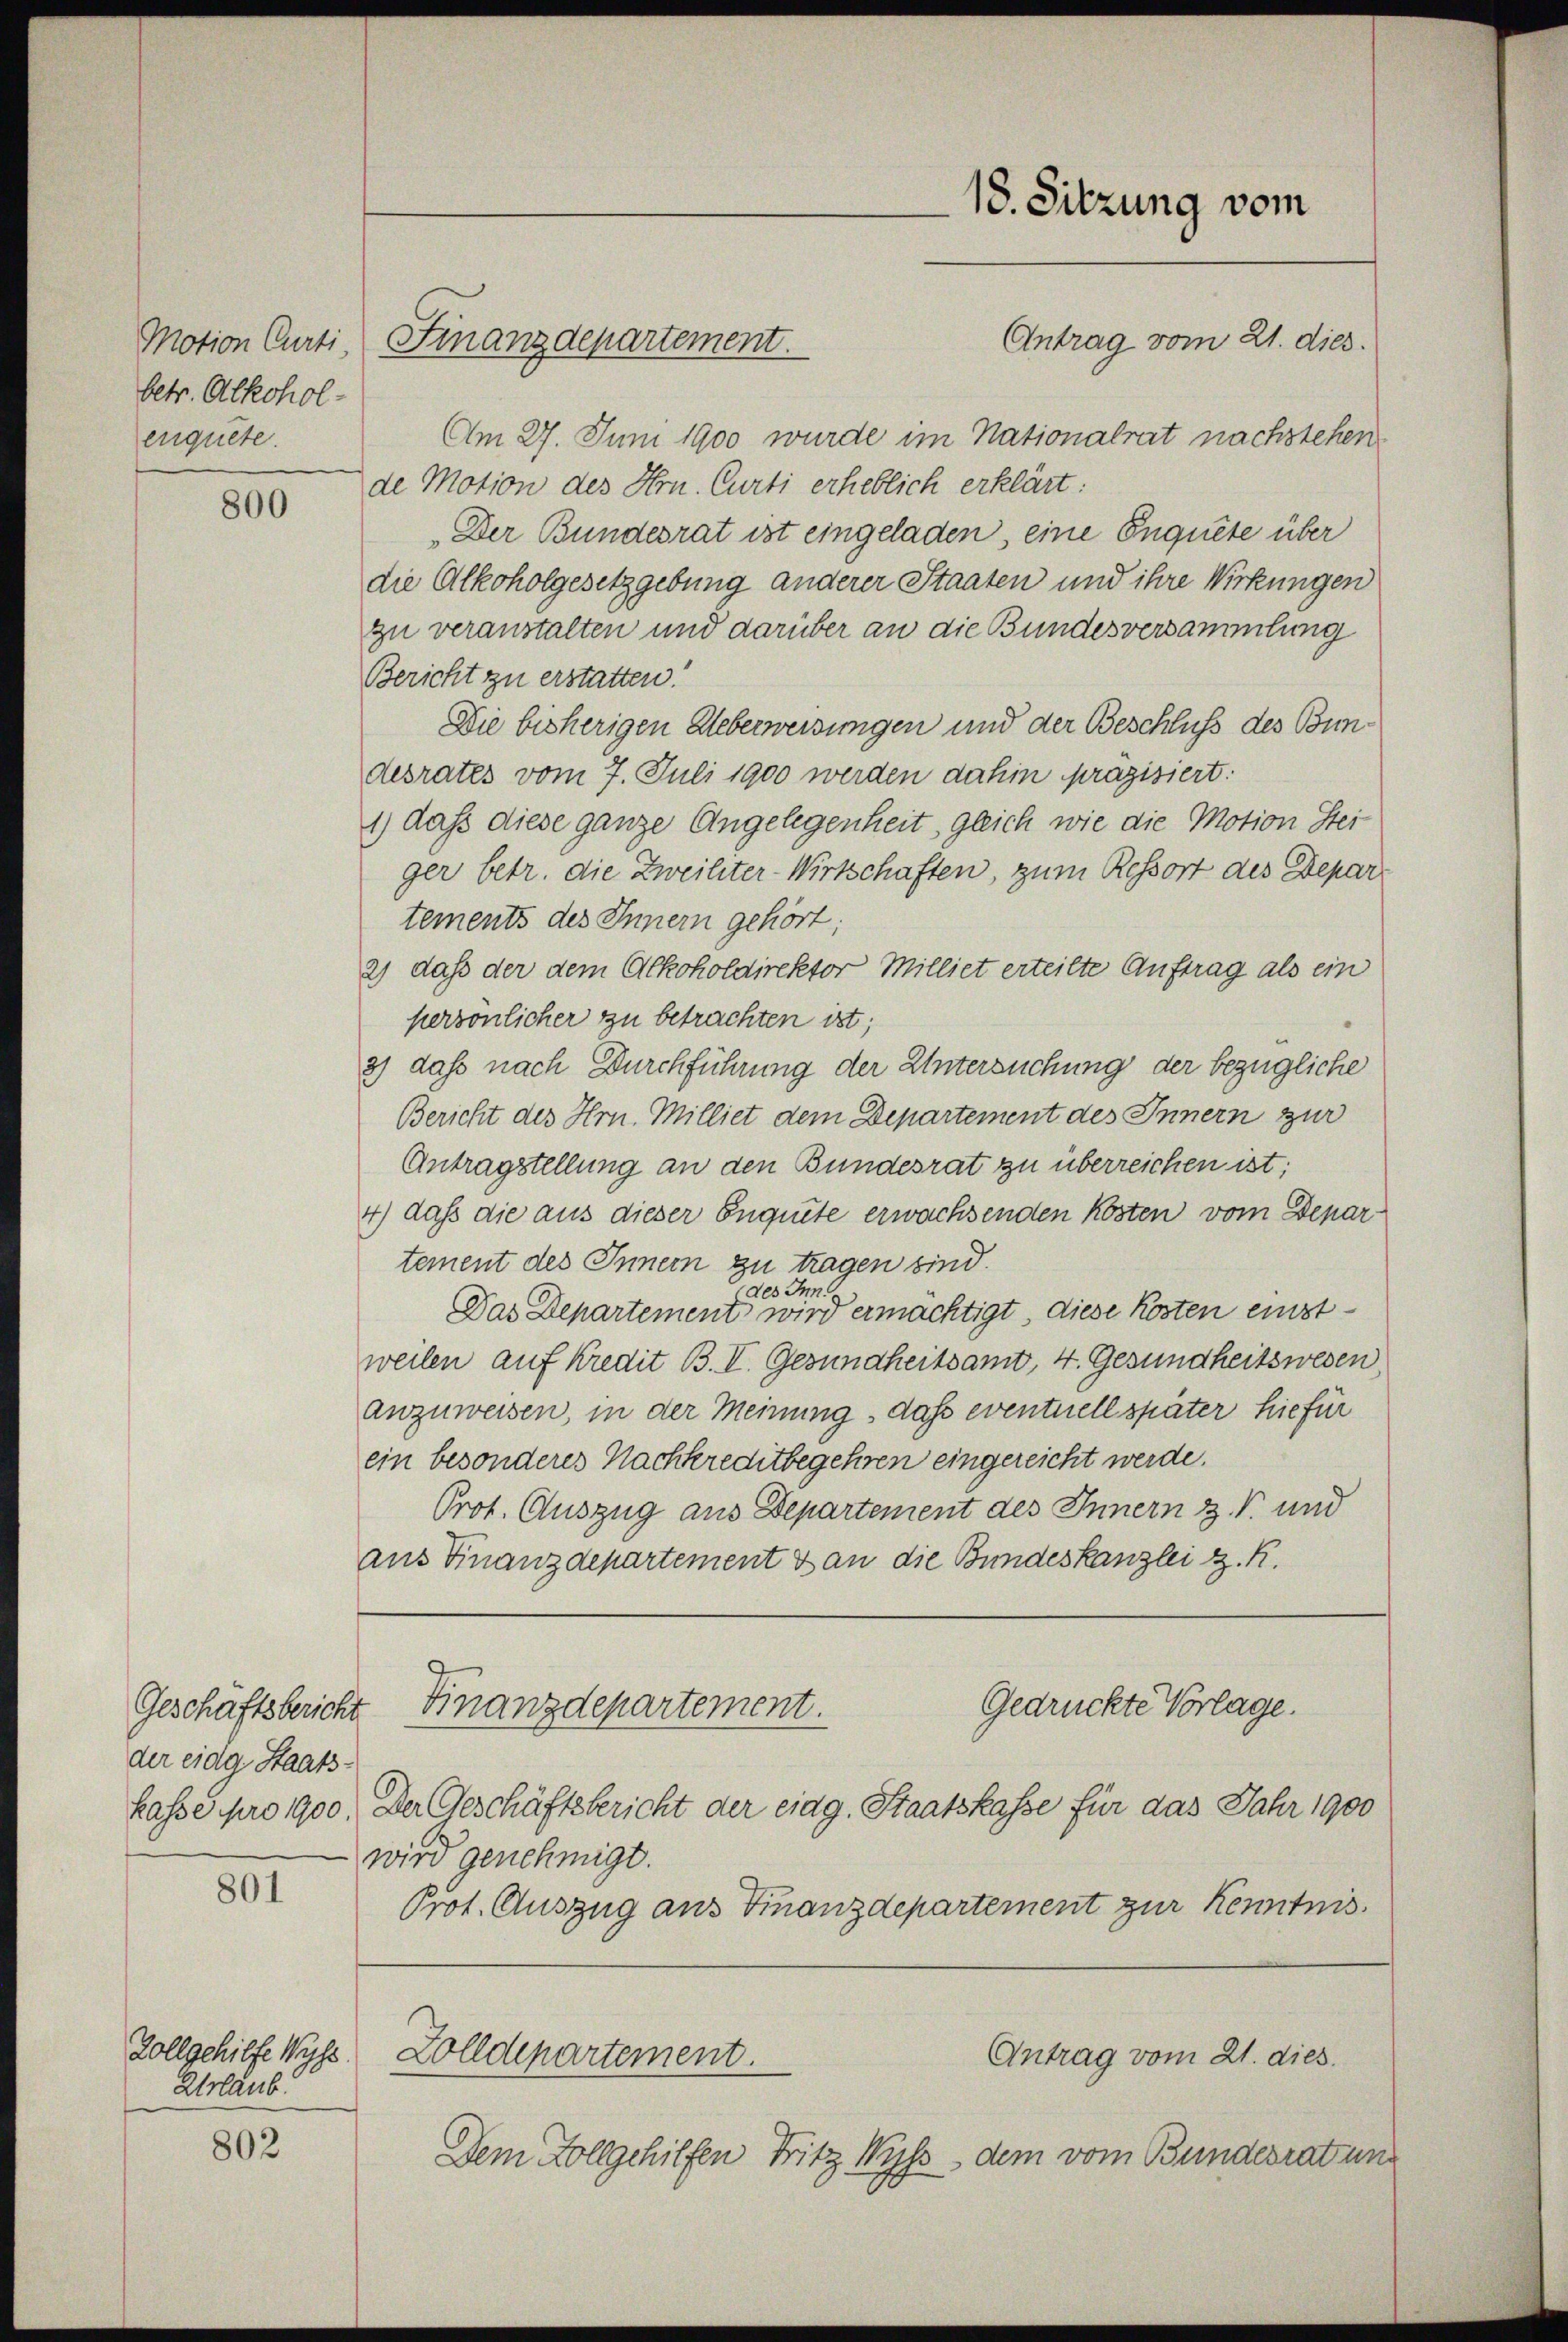
betr. Alkoholenquete.

800

der eidg Staats¬

801

Zollgehilfe Wyss
Urlaub.
802

Am 27. Juni 1900 wurde im Nationalrat nachstehen.
de Motion des Hrn. Curti erheblich erklärt:
Der Bundesrat ist eingeladen, eine Enquete über
die Alkoholgesetzgebung anderer Staaten und ihre Wirkungen
zu veranstalten und darüber an die Bundesversammlung
Bericht zu erstatten.
Die bisherigen Ueberweisungen und der Beschluß des Bundesrates vom 7. Juli 1900 werden dahin präzisiert:
1) daß diese ganze Angelegenheit, gleich wie die Motion Steiger betr. die Zweihter-Wirtschaften, zum Ressort des Depar
tements des Innern gehört;
2) daß der dem Alkoholdirektor Milliet erteilte Auftrag als ein
persönlicher zu betrachten ist;
3) daß nach Durchführung der Untersuchung der bezügliche
Bericht des Hrn. Milliet dem Departement des Innern zur
Antragstellung an den Bundesrat zu überreichen ist;
4) daß die aus dieser Enguite erwachsenden Kosten vom Departement des Innern zu tragen sind.
des Inn
Das Departement wird ermächtigt, diese Kosten einstweilen auf Kredit B. I. Gesundheitsamt, 4. Gesundheitswesen,
anzuweisen, in der Meinung, daß eventuell später hiefür
ein besonderes Nachkreditbegehren eingereicht werde.
Prot. Auszug aus Departement des Innern z. B. und
aus Finanzdepartement dan die Bundeskanzlei z. B.
Gedrückte Vorlage.
Geschäftsbericht Finanzdepartement.
hasse pro 1900. Der Geschäftsbericht der eidg. Staatskasse für das Jahr 1900
wird genehmigt.
Prot. Auszug aus Finanzdepartement zur Kenntnis.

Motion Curti. Finanzdepartement.

Dem Zollgehilfen Fritz Wyss dem vom Bundesrat un

18. Sitzung vom
Antrag vom 21. dies.

Antrag vom 21. dies
Zolldepartement.